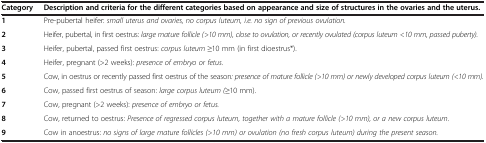
<table><thead><tr><td><b>Category</b></td><td><b>Description and criteria for the different categories based on appearance and size of structures in the ovaries and the uterus.</b></td></tr></thead><tbody><tr><td><b>1</b></td><td>Pre-pubertal heifer: <i>small uterus and ovaries, no corpus luteum, i.e. no sign of previous ovulation.</i></td></tr><tr><td><b>2</b></td><td>Heifer, pubertal, in first oestrus: <i>large mature follicle (&gt;10 mm), close to ovulation, or recently ovulated (corpus luteum &lt;10 mm, passed puberty).</i></td></tr><tr><td><b>3</b></td><td>Heifer, pubertal, passed first oestrus: <i>corpus luteum ≥10 mm (in first dioestrus*).</i></td></tr><tr><td><b>4</b></td><td>Heifer, pregnant (&gt;2 weeks): <i>presence of embryo or fetus.</i></td></tr><tr><td><b>5</b></td><td>Cow, in oestrus or recently passed first oestrus of the season<i>: presence of mature follicle (&gt;10 mm) or newly developed corpus luteum (&lt;10 mm).</i></td></tr><tr><td><b>6</b></td><td>Cow, passed first oestrus of season: <i>large corpus luteum (≥10 mm).</i></td></tr><tr><td><b>7</b></td><td>Cow, pregnant (&gt;2 weeks): <i>presence of embryo or fetus.</i></td></tr><tr><td><b>8</b></td><td>Cow, returned to oestrus: <i>Presence of regressed corpus luteum, together with a mature follicle (&gt;10 mm), or a new corpus luteum.</i></td></tr><tr><td><b>9</b></td><td>Cow in anoestrus: <i>no signs of large mature follicles (&gt;10 mm) or ovulation (no fresh corpus luteum) during the present season.</i></td></tr></tbody></table>